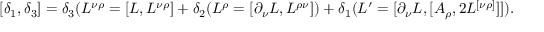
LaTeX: [ \delta _ { 1 } , \delta _ { 3 } ] = \delta _ { 3 } ( L ^ { \nu \rho } = [ L , L ^ { \nu \rho } ] + \delta _ { 2 } ( L ^ { \rho } = [ \partial _ { \nu } L , L ^ { \rho \nu } ] ) + \delta _ { 1 } ( L ^ { \prime } = [ \partial _ { \nu } L , [ A _ { \rho } , 2 L ^ { [ \nu \rho ] } ] ] ) .